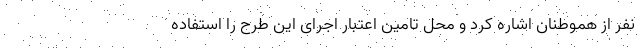
نفر از هموطنان اشاره کرد و محل تامین اعتبار اجرای این طرح را استفاده